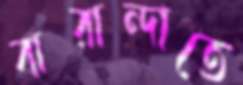
বারান্দাতে